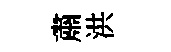
肅洪